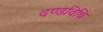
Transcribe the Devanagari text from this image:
दण्डविधि